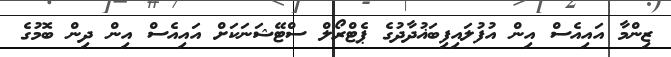
ޒިންމާ އައިއެސް އިން އުފުލައިފިބަޣުދާދުގެ ޕެޓްރޯލް ސްޓޭޝަނަކަށް އައިއެސް އިން ދިން ބޮމުގެ